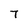
Character: 7